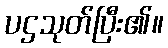
ပဌသုတ်ပြီး၏။